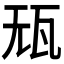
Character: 𰢢